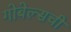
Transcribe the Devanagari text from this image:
गोबेल्सची